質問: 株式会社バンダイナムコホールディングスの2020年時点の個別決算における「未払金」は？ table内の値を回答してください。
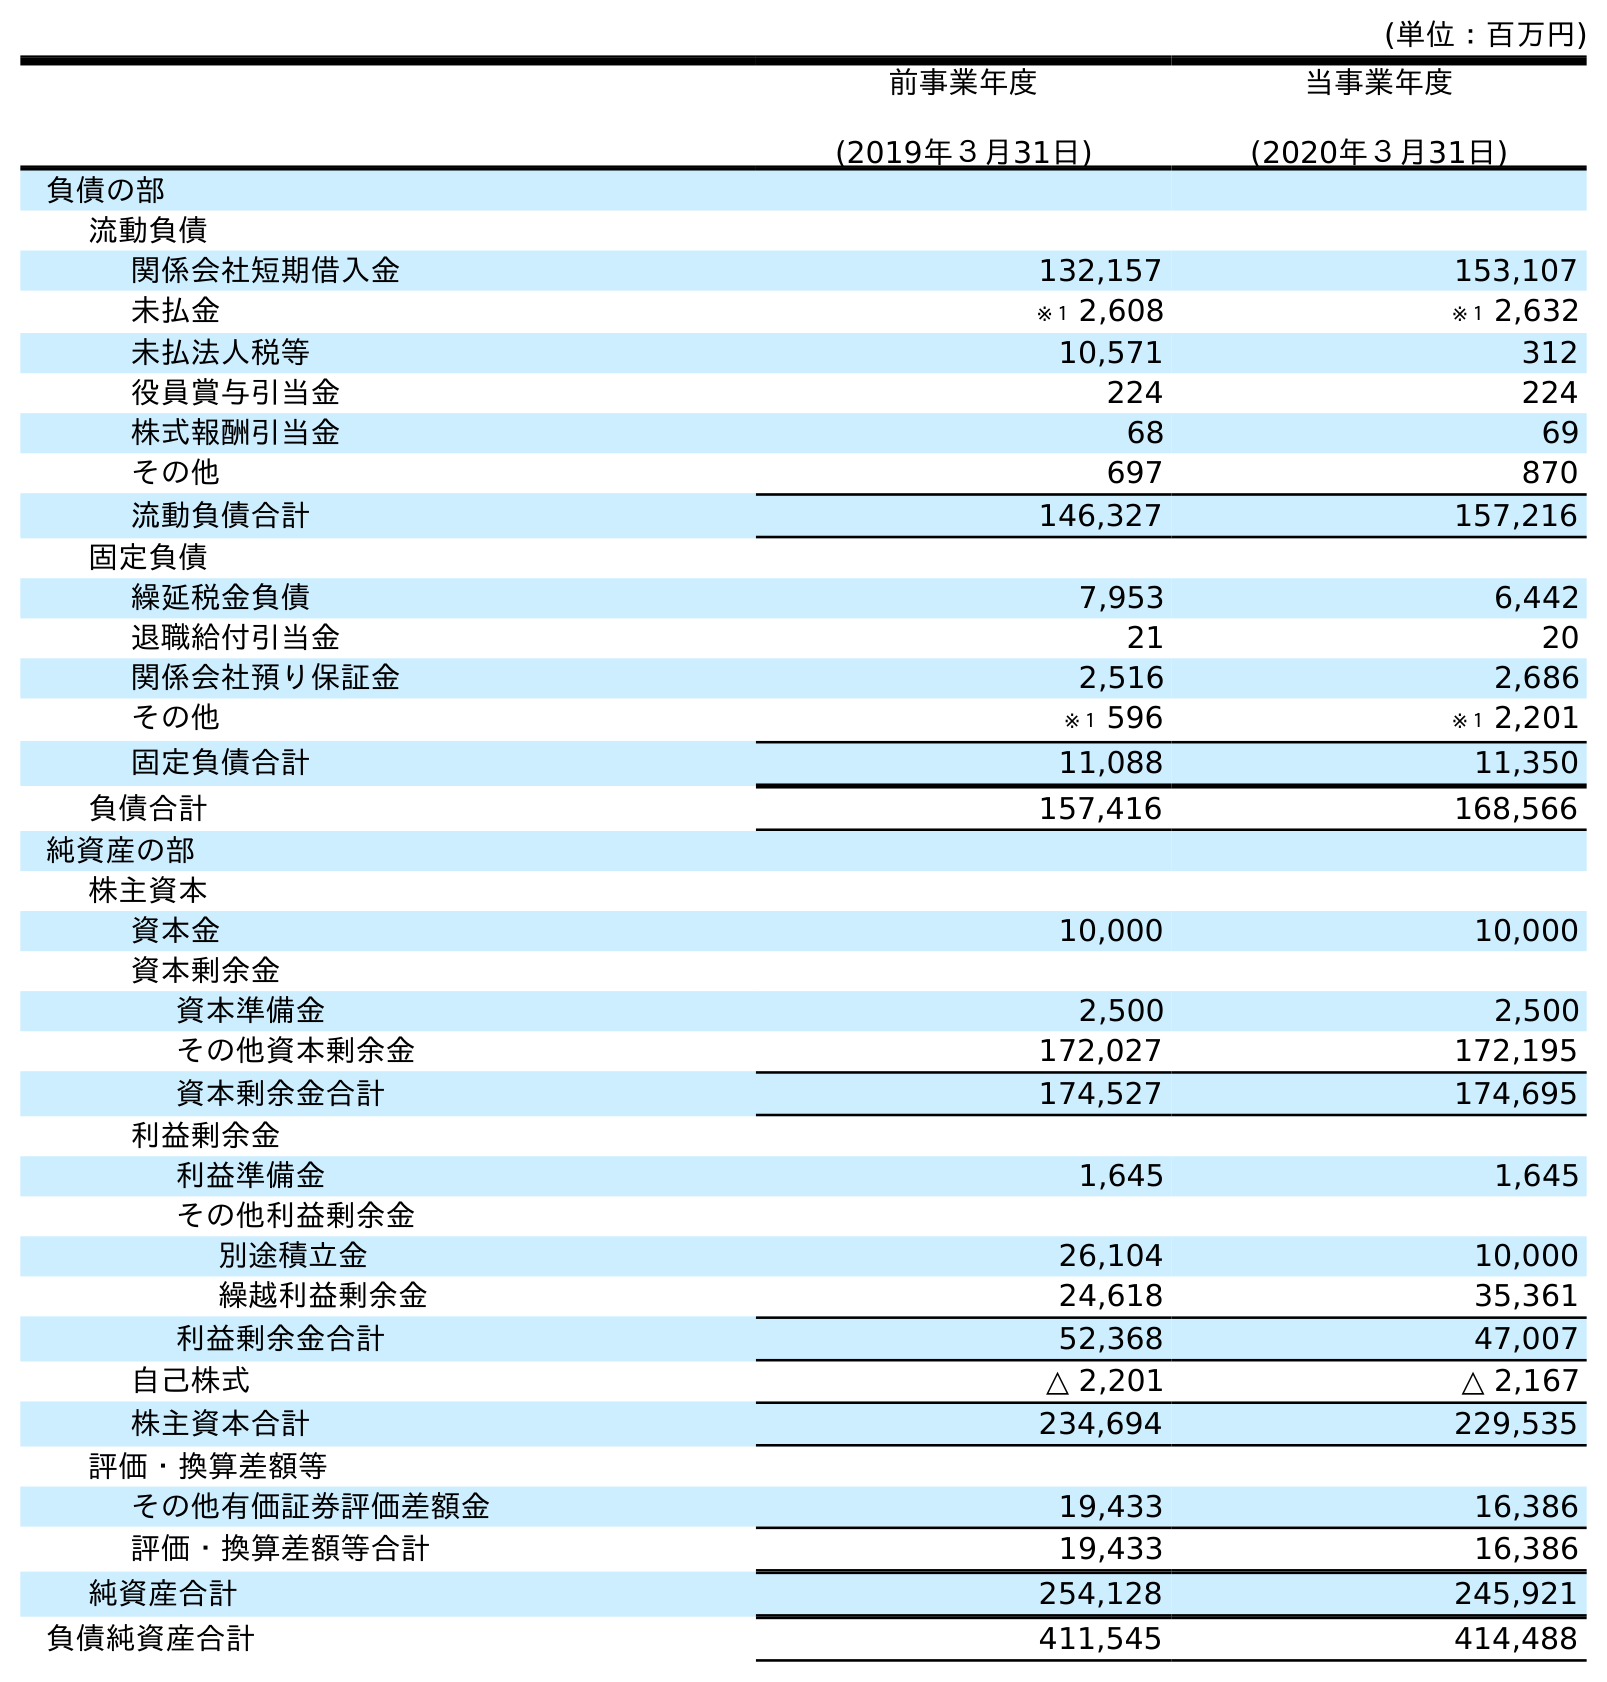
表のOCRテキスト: (単位：百万円) 前事業年度 (2019年３月31日) 当事業年度 (2020年３月31日) 負債の部 流動負債 関係会社短期借入金 132,157 153,107 未払金 ※１ 2,608 ※１ 2,632 未払法人税等 10,571 312 役員賞与引当金 224 224 株式報酬引当金 68 69 その他 697 870 流動負債合計 146,327 157,216 固定負債 繰延税金負債 7,953 6,442 退職給付引当金 21 20 関係会社預り保証金 2,516 2,686 その他 ※１ 596 ※１ 2,201 固定負債合計 11,088 11,350 負債合計 157,416 168,566 純資産の部 株主資本 資本金 10,000 10,000 資本剰余金 資本準備金 2,500 2,500 その他資本剰余金 172,027 172,195 資本剰余金合計 174,527 174,695 利益剰余金 利益準備金 1,645 1,645 その他利益剰余金 別途積立金 26,104 10,000 繰越利益剰余金 24,618 35,361 利益剰余金合計 52,368 47,007 自己株式 △ 2,201 △ 2,167 株主資本合計 234,694 229,535 評価・換算差額等 その他有価証券評価差額金 19,433 16,386 評価・換算差額等合計 19,433 16,386 純資産合計 254,128 245,921 負債純資産合計 411,545 414,488
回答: ※１2,632